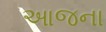
આજના